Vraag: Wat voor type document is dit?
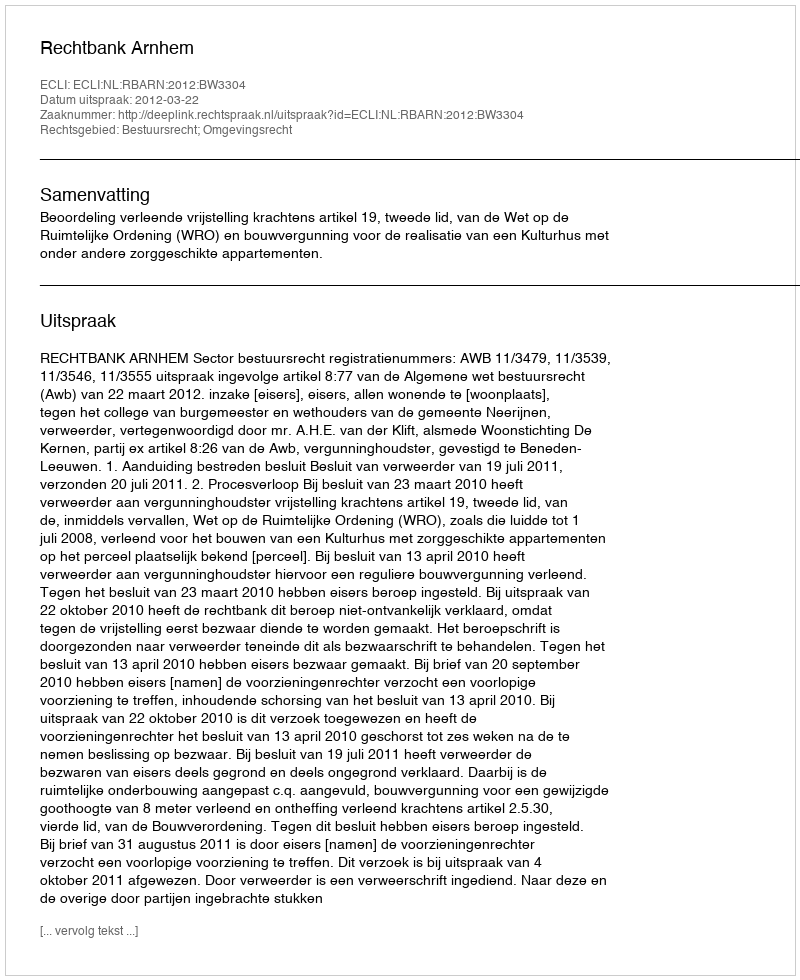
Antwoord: Uitspraak